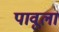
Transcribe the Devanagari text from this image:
पावूला